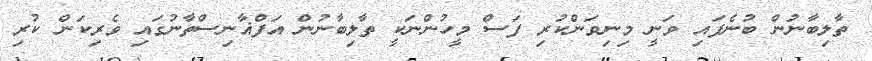
ތާލިބާނުން ބުނެފައި ވަނީ މިނިވަންކުރި ފަސް މީހުންނަކީ ތާލިބާނުން އަފްޣާނިސްތާނުގައި ވެރިކަން ކުރި